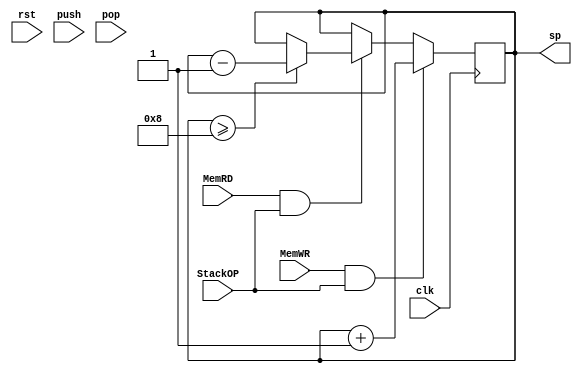
 module StackPointer (
  input wire clk,          // Clock input
  input wire rst,          // Reset input
  input wire push,         // Push operation
  input wire pop,		// Pop operation
  input wire StackOP,	
  input wire MemRD,
  input wire MemWR,
  output reg [31:0] sp       // Stack pointer, 4 bits to represent 16 locations
);
	parameter MEM_DEPTH = 16; // 64 bytes = 16 words
	parameter Stack_Depth = MEM_DEPTH / 2;
  always @(posedge clk) begin
          
     if (MemWR && StackOP) begin 
		 if(Stack_Depth<MEM_DEPTH-1)
      sp <= sp + 1;        // Increment stack pointer on push
    end else if (MemRD && StackOP) begin
		if(sp >= Stack_Depth)
      sp <= sp - 1;        // Decrement stack pointer on pop
    end
  end

endmodule